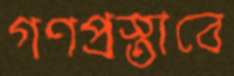
গণপ্রস্তাবে